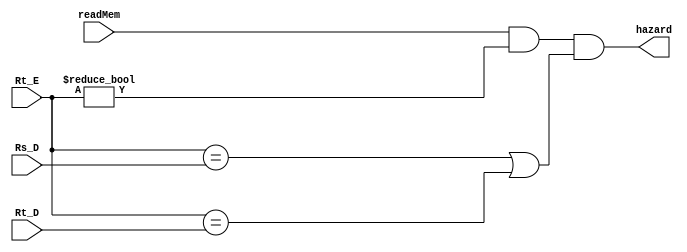
module hazard1 (Rs_D, Rt_D, Rt_E, readMem, hazard);

input wire [4:0] Rs_D; 
input wire [4:0] Rt_D;
input wire [4:0] Rt_E;
input wire readMem;

output wire hazard;

assign hazard = readMem & (Rt_E != 0) & ((Rt_E == Rs_D) | (Rt_E == Rt_D));
endmodule